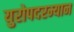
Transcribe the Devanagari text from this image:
युरोपदरम्यान